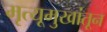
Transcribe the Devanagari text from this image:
मृत्यूमुखांतून